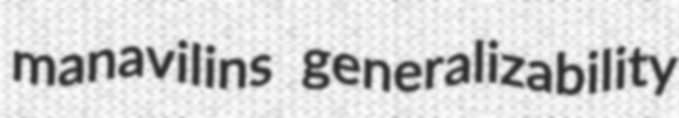
manavilins generalizability